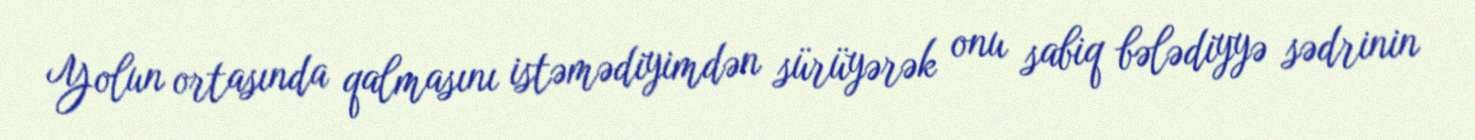
Yolun ortasında qalmasını istəmədiyimdən sürüyərək onu sabiq bələdiyyə sədrinin